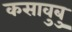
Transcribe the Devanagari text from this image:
कसावुबु